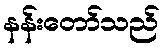
နန်းတော်သည်